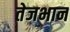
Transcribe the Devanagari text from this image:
तेजभान